Vaccination in Bombay 1874-1876 - 1874-1876
Year: 1874
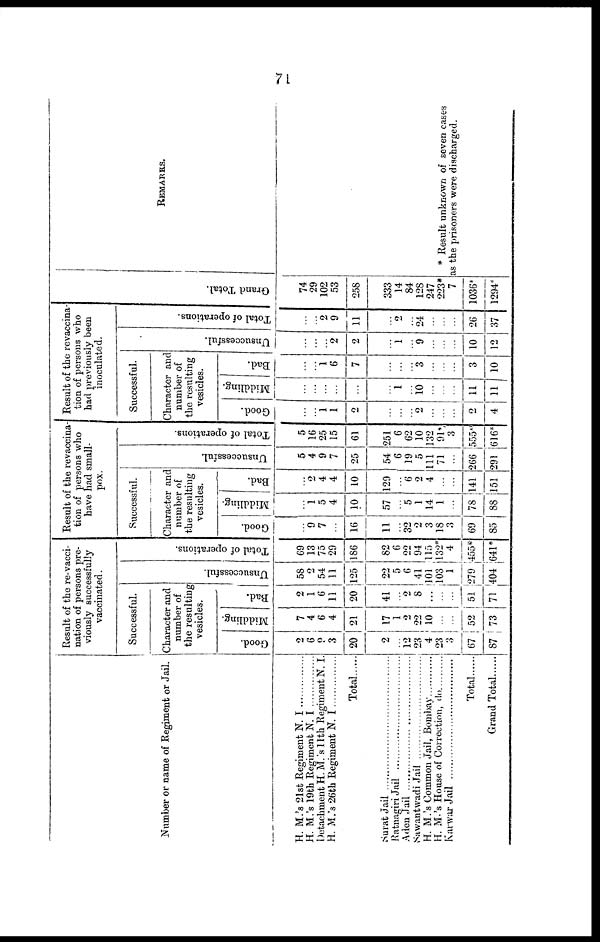
71
Number or name of Regiment or Jail.
H. M.'s 21st Regiment N. I
H. M.'s 19th Regiment N. I
Detachment H. M. 's 11th Regiment N. I.
H. M.'s 26th Regiment N. I
Total ..
Surat Jail
Ratnagiri Jail . . . . . . . . . . . . . . . . . . . . .
Aden Jail
Sawantwadi Jail . . . . . . . . . . . . . . . . . . .
H. M.'s Common Jail, Bombay
H. M.'s House of Correction, do
Karwar Jail . . . . . . . . . . . . . . . . . . . . . . .
Total, . .
Grand Total
Result of the re-vacci-
nation of persons pre-
viously successfully
vaccinated.
Successful.
Character and
number of
the resulting
vesicles.
Good.
2
6
9
3
20
2
...
12
23
4
23
3
67
87
Middling.
7
4
6
4
21
17
1
2
22
10
...
...
52
73
Bad.
2
1
6
11
20
41
...
2
8
...
...
...
51
71
Unsuccessful.
58
2
54
11
125
22
5
6
41
101
103
1
279
404
Total of operations.
69
13
75
29
186
82
6
22
94
115
132*
4
455*
641*
Result of the revaccina-
tion of persons who
have had small-
pox.
Successful.
Character and
number of
the resulting
vesicles.
Good.
...
9
7
...
16
11
...
32
2
3
18
3
69
85
Middling.
...
1
5
4
10
57
...
5
1
14
1
...
78
88
Bad.
...
2
4
4
10
129
...
6
2
4
...
...
141
151
Unsuccessful.
5
4
9
7
25
54
6
19
5
111
71
...
266
291
Total of operations.
5
16
25
15
61
251
6
62
10
132
91
3
555*
616*
Result of the revaccina¬
tion of persons who
had previously been
inoculated.
Successful.
Character and
number of
the resulting
vesicles.
Good.
...
...
1
1
2
...
...
...
2
...
...
...
2
4
Middling.
...
...
...
...
...
...
1
...
10
...
...
...
11
11
Bad.
...
...
1
6
7
...
...
...
3
...
...
...
3
10
Unsuccessful.
...
...
...
2
2
...
1
...
9
...
...
...
10
12
Total of operations.
...
...
2
9
11
...
2
...
24
...
...
...
26
37
Grand Total.
74
29
102
53
258
333
14
84
128
247
223*
7
1036*
1294*
REMARKS.
* Result unknown of seven cases
as the prisoners were discharged.